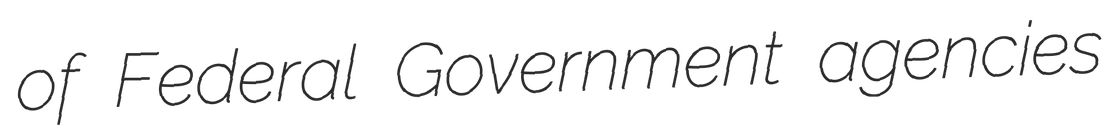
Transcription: of Federal Government agencies